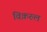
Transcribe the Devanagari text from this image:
विक़रुल